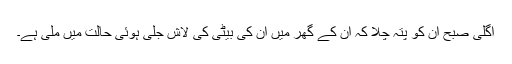
اگلی صبح ان کو پتہ چلا کہ ان کے گھر میں ان کی بیٹی کی لاش جلی ہوئی حالت میں ملی ہے۔